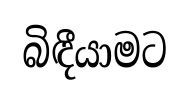
බිඳීයාමට